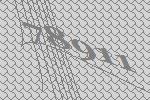
78911